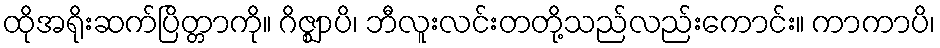
ထိုအရိုးဆက်ပြိတ္တာကို။ ဂိဇ္ဈာပိ၊ ဘီလူးလင်းတတို့သည်လည်းကောင်း။ ကာကာပိ၊